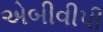
એબીવીપી